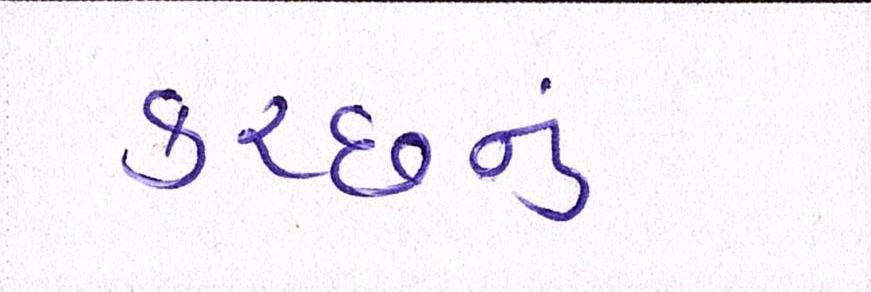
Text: કચ્છનું